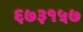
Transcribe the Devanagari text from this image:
६७३१५७